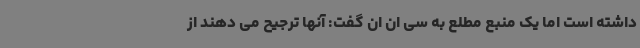
داشته است اما یک منبع مطلع به سی ان ان گفت: آنها ترجیح می دهند از